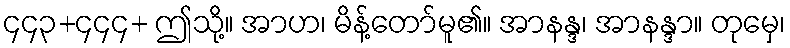
၄၄၃+၄၄၄+ ဤသို့။ အာဟ၊ မိန့်တော်မူ၏။ အာနန္ဒ၊ အာနန္ဒာ။ တုမှေ၊